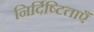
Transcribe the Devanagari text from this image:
निर्दिष्टिताएँ